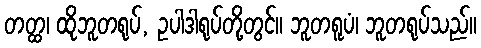
တတ္ထ၊ ထိုဘူတရုပ်, ဥပါဒါရုပ်တို့တွင်။ ဘူတရူပံ၊ ဘူတရုပ်သည်။